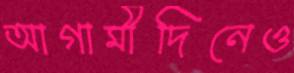
আগামীদিনেও